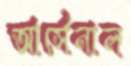
আর্সেনাল